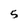
Character: 5